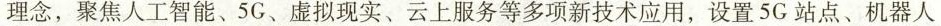
理念，聚焦人工智能、5G、虚拟现实、云上服务等多项新技术应用，设置5G站点、机器人